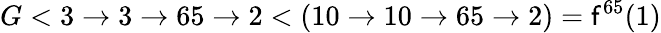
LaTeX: G<3\rightarrow3\rightarrow65\rightarrow2<(10\to10\to65\to2)=\mathsf{f}^{65}(1)